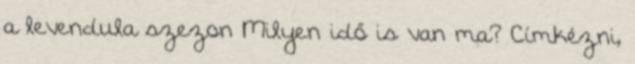
a levendula szezon Milyen idő is van ma? Címkézni,